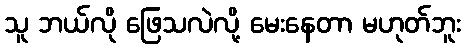
သူ ဘယ်လို ဖြေသလဲလို့ မေးနေတာ မဟုတ်ဘူး